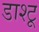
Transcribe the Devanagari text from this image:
डाश्टू